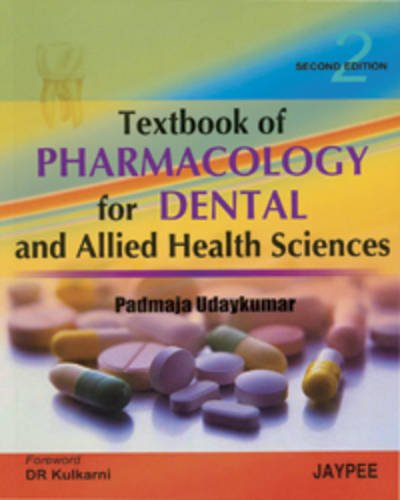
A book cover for Textbook of Pharmacology for Dental and Allied Health Sciences; Padamaja Udaykumar; Medical Books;